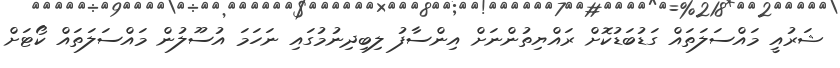
ޝަރުއީ މައްސަލަތައް ގަޑުބަޑުކޮށް ރައްޔިތުންނަށް އިންސާފު ލިބިދިނުމުގައި ނަހަމަ އުސޫލުން މައްސަލަތައް ކޯޓަށް